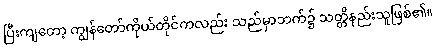
ပြီးကျတော့ ကျွန်တော်ကိုယ်တိုင်ကလည်း သည်မှာဘက်၌ သတ္တိနည်းသူဖြစ်၏။